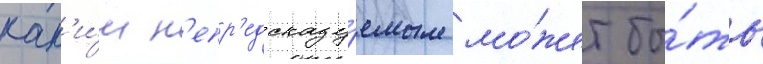
как'и́м н'епр'едсказу́емым мо́жет бы́ть